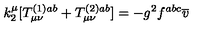
k _ { 2 } ^ { \mu } [ T _ { \mu \nu } ^ { ( 1 ) a b } + T _ { \mu \nu } ^ { ( 2 ) a b } ] = - g ^ { 2 } f ^ { a b c } \overline { { v } }